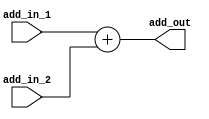
module adder(
 input [31:0] add_in_1,add_in_2,
 output [31:0] add_out
);
assign add_out=add_in_1+add_in_2;
endmodule